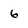
Character: 6